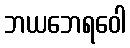
ဘယဘေရဝေါ